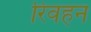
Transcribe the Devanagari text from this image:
रिवहन